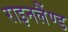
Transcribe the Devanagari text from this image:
राइनलैंण्ड